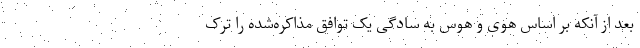
بعد از آنکه بر اساس هوی و هوس به سادگی یک توافق مذاکره‌شده را ترک